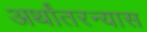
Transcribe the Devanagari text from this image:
अर्थांतरन्यास